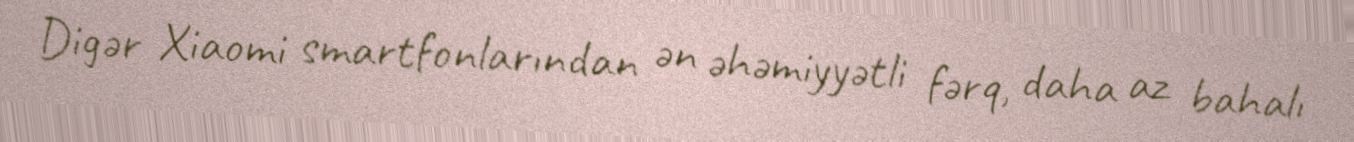
Digər Xiaomi smartfonlarından ən əhəmiyyətli fərq, daha az bahalı